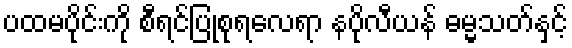
ပထမပိုင်းကို စီရင်ပြုစုရလေရာ နပိုလီယန် ဓမ္မသတ်နှင့်